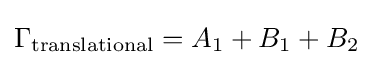
\Gamma _{\text{translational}}=A_{1}+B_{1}+B_{2}